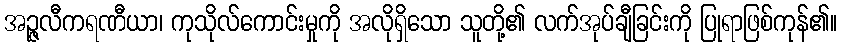
အဉ္ဇလီကရဏီယာ၊ ကုသိုလ်ကောင်းမှုကို အလိုရှိသော သူတို့၏ လက်အုပ်ချီခြင်းကို ပြုရာဖြစ်ကုန်၏။